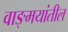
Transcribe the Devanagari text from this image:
वाङ्‍मयांतील